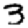
Digit: 3